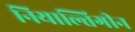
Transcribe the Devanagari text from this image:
नियाल्तिगीन